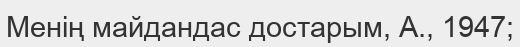
Менің майдандас достарым, А., 1947;